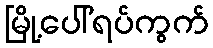
မြို့ပေါ်ရပ်ကွက်